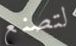
لتصنع